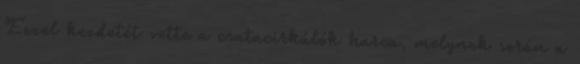
Ezzel kezdetét vette a csatacirkálók harca, melynek során a